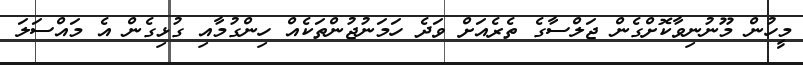
މީހުން މޫނުނިވާކޮށްގެން ޖަލްސާގެ ތެރެއަށް ވަދެ ހަމަނުޖުންތަކެއް ހިންގުމާއި ގުޅިގެން އެ މައްސަލަ